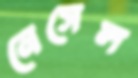
নেসেল